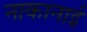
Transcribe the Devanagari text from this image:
नाकानाई